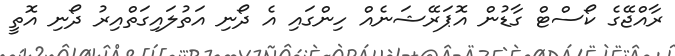
ރާއްޖޭގެ ކޯސްޓް ގާޑުން އޮޕަރޭޝަނެއް ހިންގައި އެ ދޯނި އަތުލައިގަތްއިރު ދޯނި އޮތީ